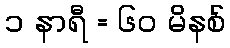
၁ နာရီ = ၆၀ မိနစ်